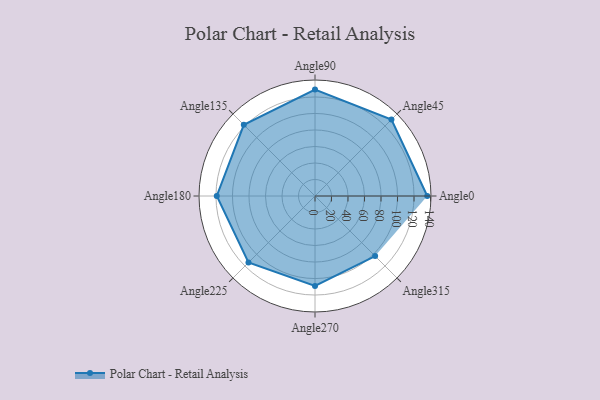
{"axis": {"x": "Angle", "y": "Radius"}, "legend": [""], "data": [{"x": "Angle0", "y": 136.0, "type": ""}, {"x": "Angle45", "y": 131.0, "type": ""}, {"x": "Angle90", "y": 129.0, "type": ""}, {"x": "Angle135", "y": 122.0, "type": ""}, {"x": "Angle180", "y": 119.0, "type": ""}, {"x": "Angle225", "y": 114.0, "type": ""}, {"x": "Angle270", "y": 109.0, "type": ""}, {"x": "Angle315", "y": 103.0, "type": ""}]}